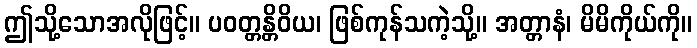
ဤသို့သောအလိုဖြင့်။ ပဝတ္တန္တိဝိယ၊ ဖြစ်ကုန်သကဲ့သို့။ အတ္တာနံ၊ မိမိကိုယ်ကို။